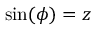
\sin ( \phi ) = z